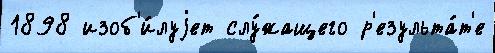
1898 изоб'и́луjет слу́жащего р'езульта́т'е